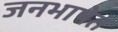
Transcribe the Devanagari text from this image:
जनभाषेत